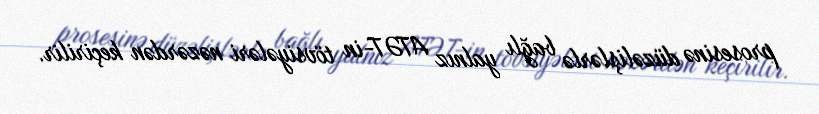
prosesinə düzəlişlərlə bağlı yalnız ATƏT-in tövsiyələri nəzərdən keçirilir.